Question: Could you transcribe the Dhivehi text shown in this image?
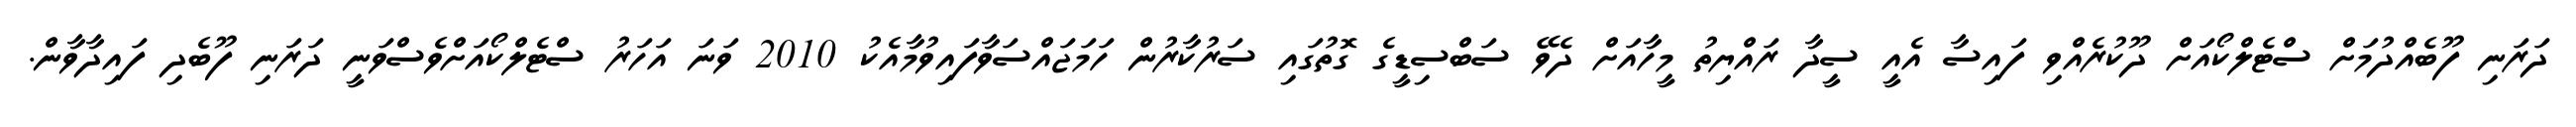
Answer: ދަރަނި ފޫބެއްދުމަށް ސްޓެލްކޯއަށް ދޫކުރެއްވި ފައިސާ އެއީ ސީދާ ރައްޔިތު މީހާއަށް ދެވޭ ސަބްސިޑީގެ ގޮތުގައި ސަރުކާރުން ހަމަޖައްސަވާފައިވުމާއެކު 2010 ވަނަ އަހަރު ސްޓެލްކޯއަށްވެސްވަނީ ދަރަނި ފޫބެދި ފައިދާވާން.